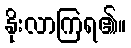
နိုးလာကြရ၏။